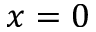
x = 0